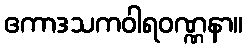
ဧကာဒသကဝါရဝဏ္ဏနာ။